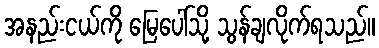
အနည်းငယ်ကို မြေပေါ်သို့ သွန်ချလိုက်ရသည်။